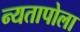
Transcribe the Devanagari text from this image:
न्यतापोला